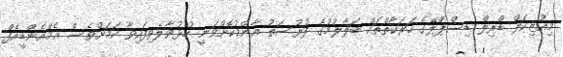
މިއުޒިކަލް ޑްރިލް ޑިސްޕްލޭގެ ހަރަކާތްތައް ބަލާލުމުގެ ފުރުސަތު އާންމުކޮށްވަނީ ހުޅުވާލެވިފައިވާ ކަމަށްވެސް އެމްއެންޑީއެފް